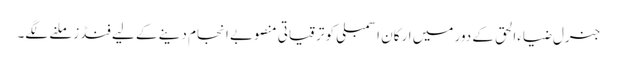
جنرل ضیاءالحق کے دور میں ارکان اسمبلی کو ترقیاتی منصوبے انجام دینے کے لیے فنڈز ملنے لگے۔